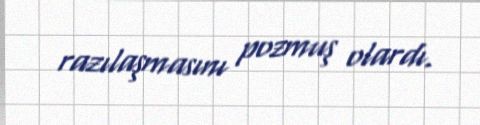
razılaşmasını pozmuş olardı.